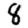
Digit: 8